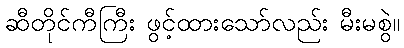
ဆီတိုင်ကီကြီး ဖွင့်ထားသော်လည်း မီးမစွဲ။